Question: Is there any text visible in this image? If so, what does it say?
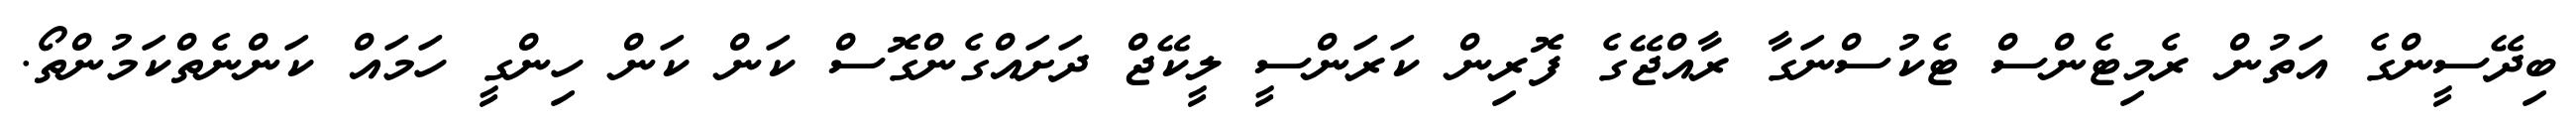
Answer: ބިދޭސީންގެ އަތުން ރެމިޓެންސް ޓެކުސްނަގާ ރާއްޖޭގެ ފޮރިން ކަރަންސީ ލީކޭޖް ދަށައްގެންގޮސް ކަން ކަން ހިންގީ ހަމައް ކަންނެތްކަމުންތޯ.